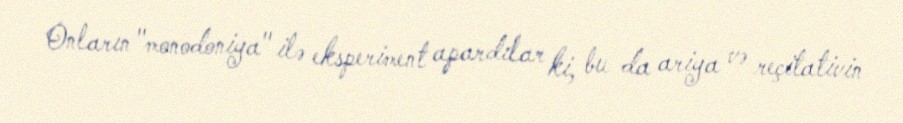
Onların "monodoniya" ilə eksperiment apardılar ki, bu da ariya və reçitativin